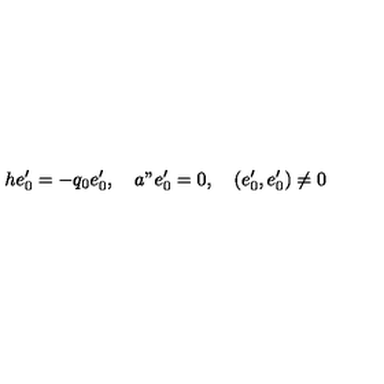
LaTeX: h e _ { 0 } ^ { \prime } = - q _ { 0 } e _ { 0 } ^ { \prime } , \quad a " e _ { 0 } ^ { \prime } = 0 , \quad ( e _ { 0 } ^ { \prime } , e _ { 0 } ^ { \prime } ) \neq 0